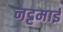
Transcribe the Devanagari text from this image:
नट्टमाई